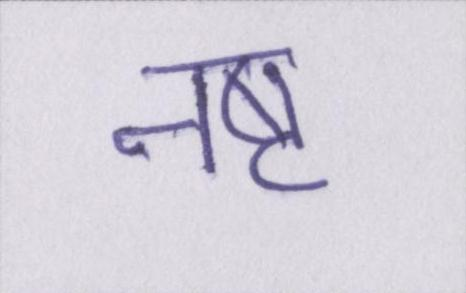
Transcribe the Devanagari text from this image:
नष्ट